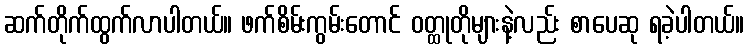
ဆက်တိုက်ထွက်လာပါတယ်။ ဖက်စိမ်းကွမ်းတောင် ဝတ္ထုတိုများနဲ့လည်း စာပေဆု ရခဲ့ပါတယ်။